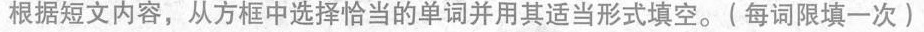
并用其适当形式填空.(每词限填一次)